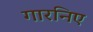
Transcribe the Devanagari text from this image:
गारनिए